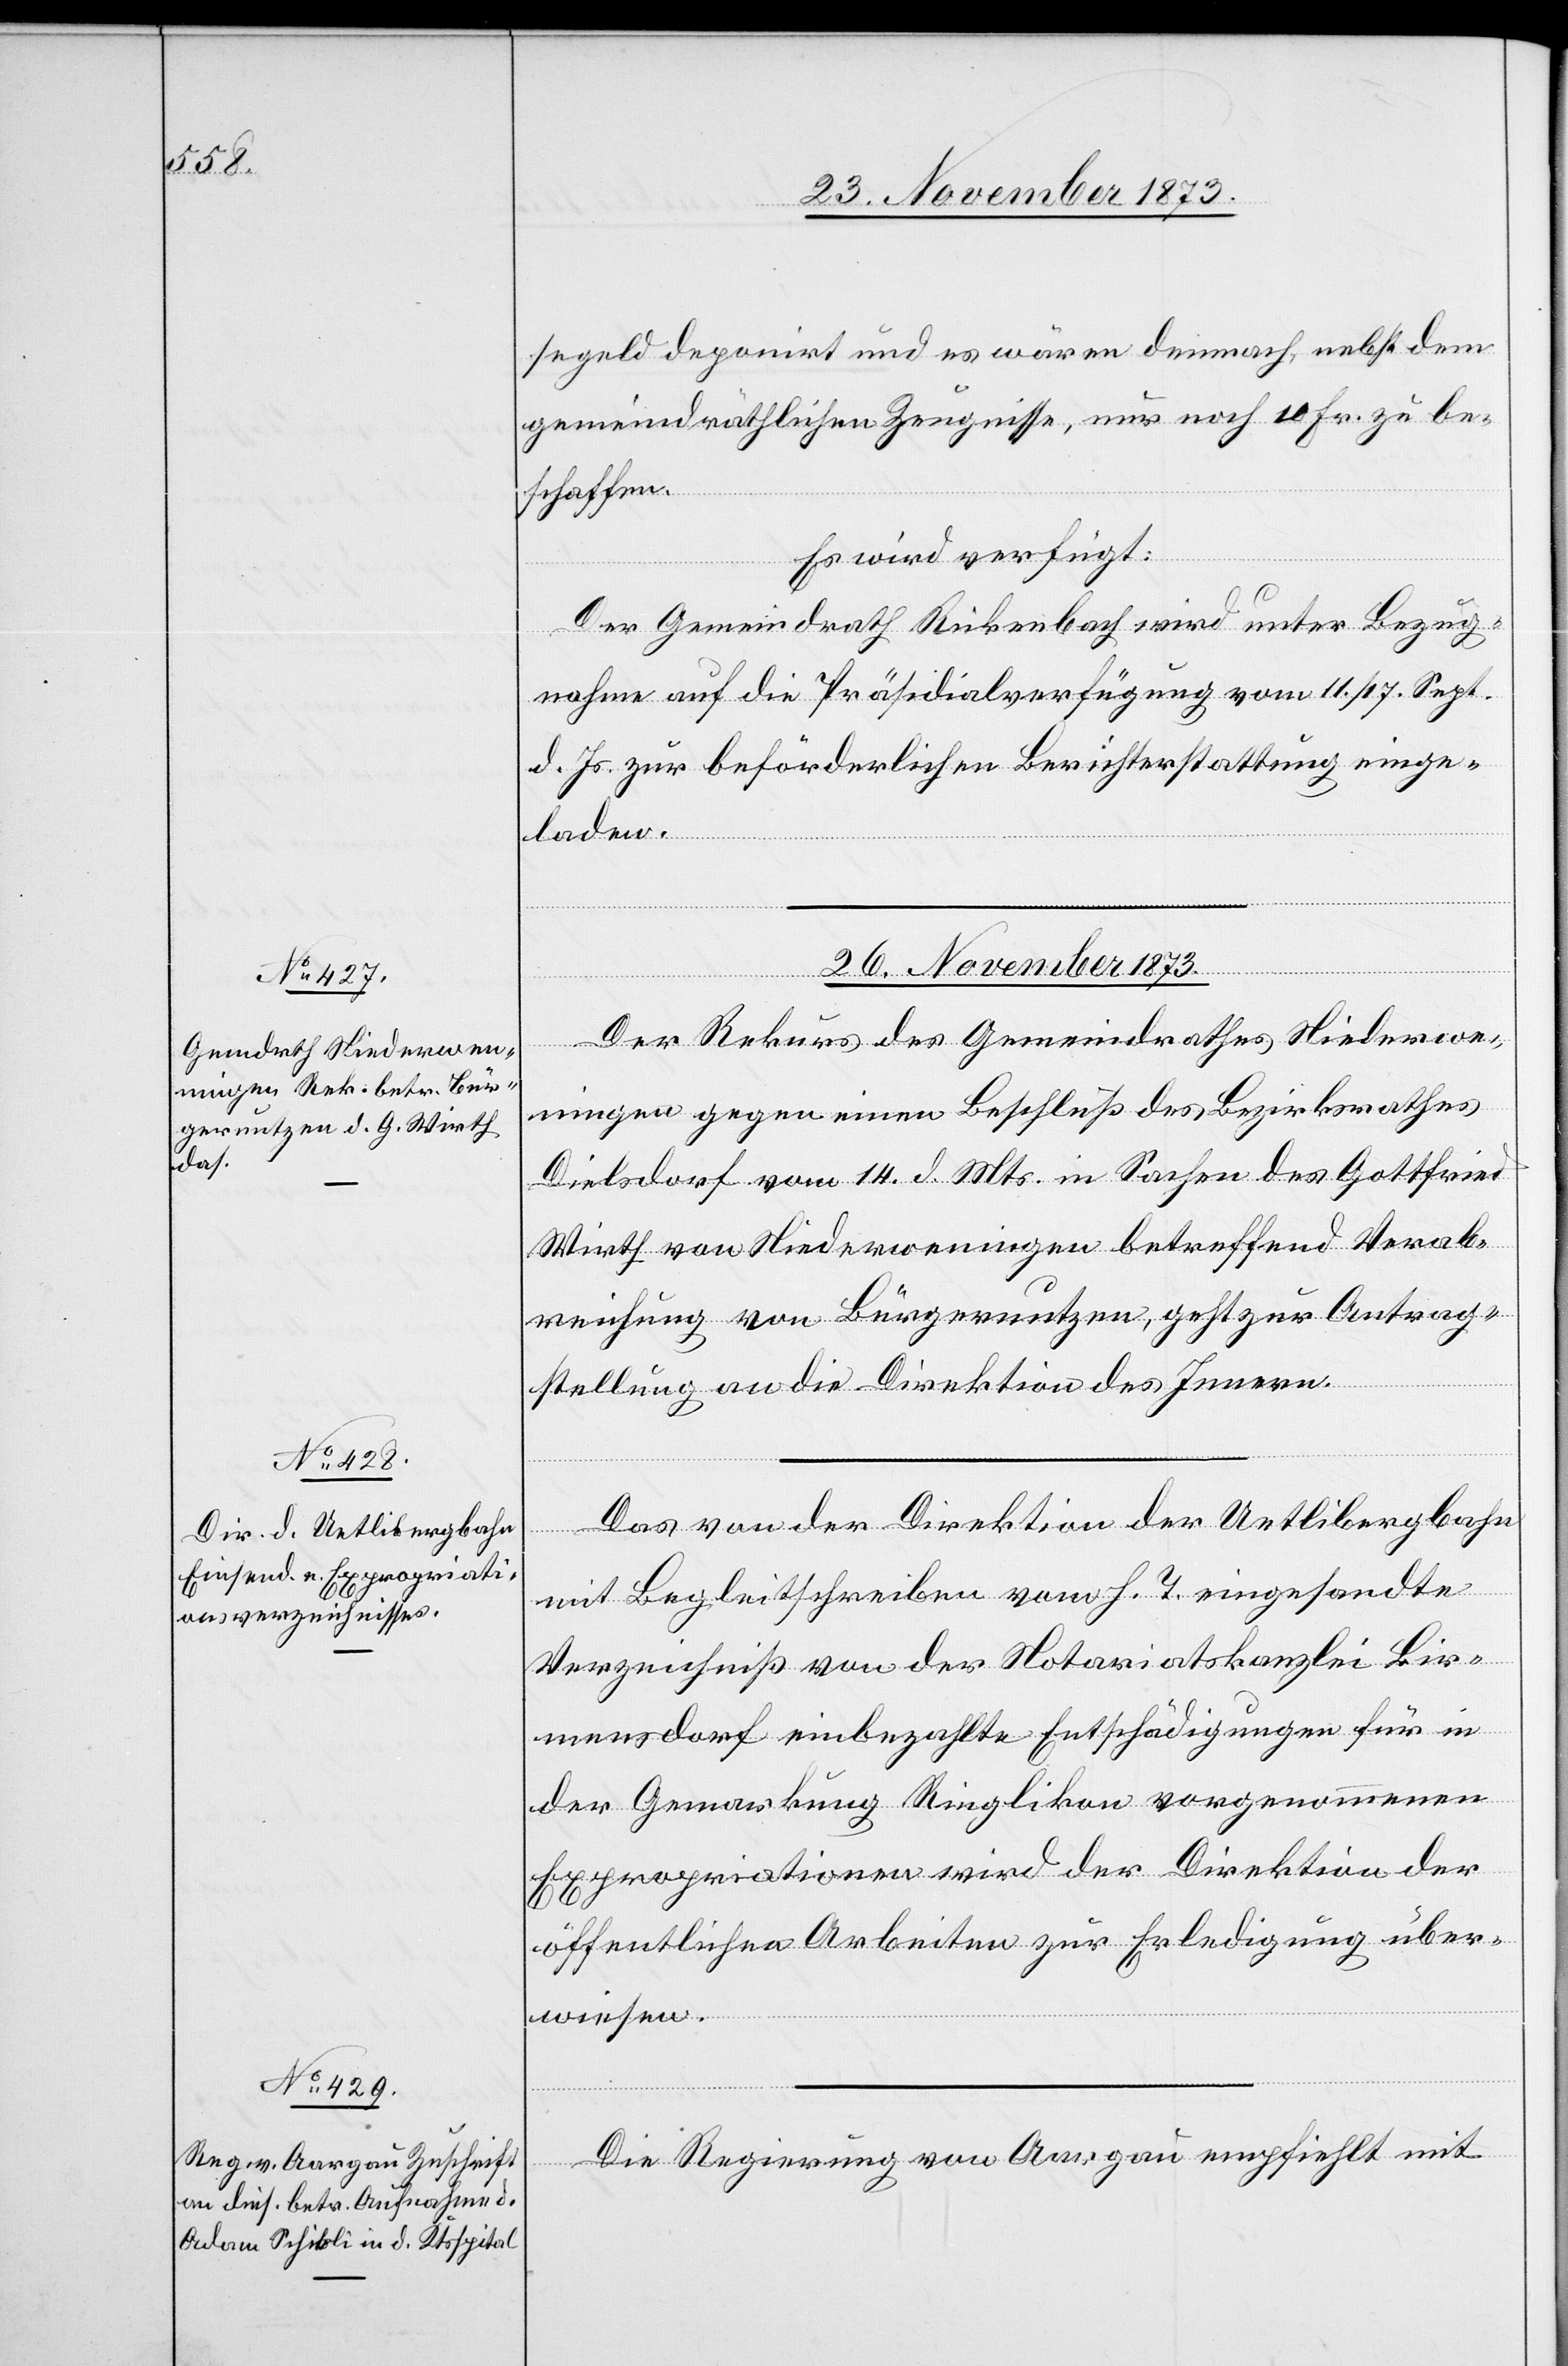
26. November 1873.]
segeld deponirt und es wären demnach, nebst dem
gemeindräthlichen Zeugnisse, nur noch 10 Fr. zu be¬
schaffen.
Es wird verfügt:
Der Gemeindrath Rickenbach wird unter Bezug¬
nahme auf die Präsidialverfügung vom 11./17. Sept.
d. Js. zur beförderlichen Berichterstattung einge¬
laden.
26. November 1873.
Der Rekurs des Gemeindrathes Niederwe¬
ningen gegen einen Beschluß des Bezirksrathes
Dielsdorf vom 14. d. Mts. in Sachen des Gottfried
Wirth von Niederweningen betreffend Verab¬
reichung von Bürgernutzen, geht zur Antrag¬
stellung an die Direktion des Innern.
Das von der Direktion der Uetlibergbahn
mit Begleitschreiben vom h. T. eingesandte
Verzeichniß von der Notariatskanzlei Bir¬
mensdorf einbezahlte Entschädigungen für in
der Gemarkung Ringlikon vorgenommenen
Expropriationen [sic!] wird der Direktion der
öffentlichen Arbeiten zur Erledigung über¬
wiesen.
Die Regierung von Aargau empfiehlt mit